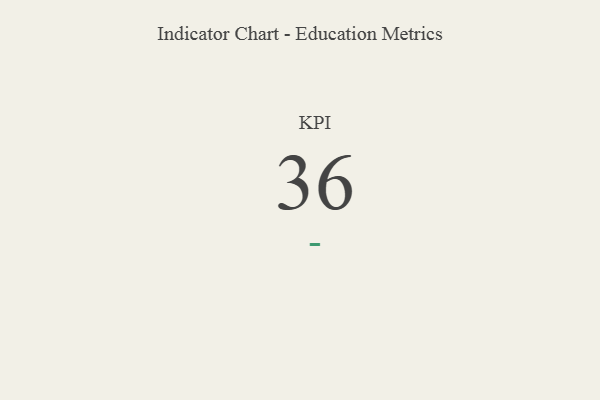
{"axis": {"x": "KPI", "y": "Value"}, "legend": [""], "data": [{"x": "KPI", "y": 36, "type": ""}]}